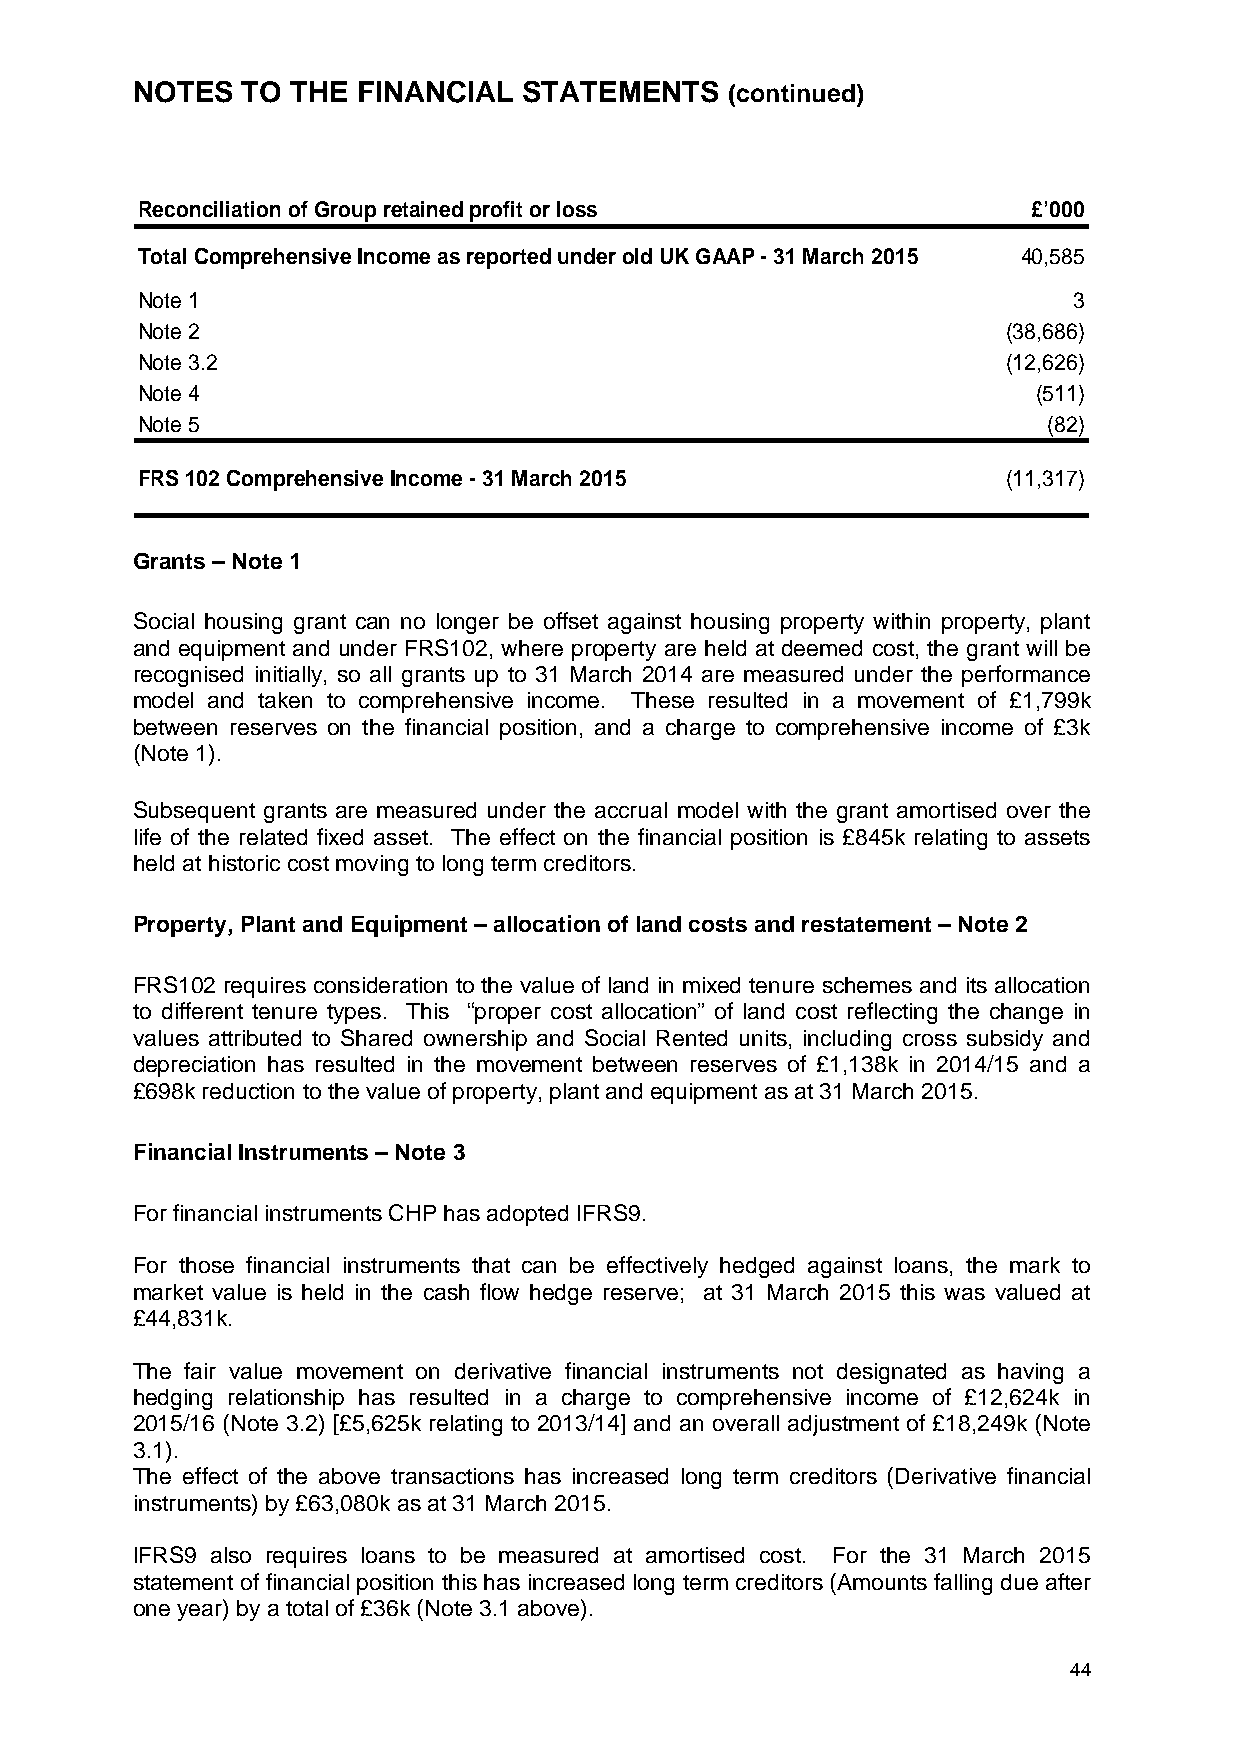
NOTES  TO THE  FINANCIAL  STATEMENTS   (continued)
 Reconciliation of Group retained profit or loss            £’000
 Total Comprehensive Income as reported under old UK GAAP - 31 March 2015 40,585
 Note 1                                                        3
 Note 2                                                    (38,686)
 Note 3.2                                                  (12,626)
 Note 4                                                      (511)
 Note 5                                                      (82)
 FRS 102 Comprehensive Income - 31 March 2015              (11,317)
 Grants – Note 1
 Social housing grant can no longer be offset against housing property within property, plant
 and equipment and under FRS102, where property are held at deemed cost, the grant will be
 recognised initially, so all grants up to 31 March 2014 are measured under the performance
 model and taken to comprehensive income. These resulted in a movement of £1,799k
 between reserves on the financial position, and a charge to comprehensive income of £3k
 (Note 1).
 Subsequent grants are measured under the accrual model with the grant amortised over the
 life of the related fixed asset. The effect on the financial position is £845k relating to assets
 held at historic cost moving to long term creditors.
 Property, Plant and Equipment – allocation of land costs and restatement – Note 2
 FRS102 requires consideration to the value of land in mixed tenure schemes and its allocation
 to different tenure types. This “proper cost allocation” of land cost reflecting the change in
 values attributed to Shared ownership and Social Rented units, including cross subsidy and
 depreciation has resulted in the movement between reserves of £1,138k in 2014/15 and a
 £698k reduction to the value of property, plant and equipment as at 31 March 2015.
 Financial Instruments – Note 3
 For financial instruments CHP has adopted IFRS9.
 For those financial instruments that can be effectively hedged against loans, the mark to
 market value is held in the cash flow hedge reserve; at 31 March 2015 this was valued at
 £44,831k.
 The fair value movement on derivative financial instruments not designated as having a
 hedging relationship has resulted in a charge to comprehensive income of £12,624k in
 2015/16 (Note 3.2) [£5,625k relating to 2013/14] and an overall adjustment of £18,249k (Note
 3.1).
 The effect of the above transactions has increased long term creditors (Derivative financial
 instruments) by £63,080k as at 31 March 2015.
 IFRS9 also requires loans to be measured at amortised cost. For the 31 March 2015
 statement of financial position this has increased long term creditors (Amounts falling due after
 one year) by a total of £36k (Note 3.1 above).
 44